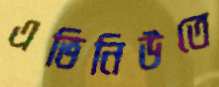
এভিনিউতে